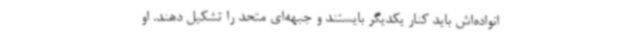
انواده‌اش باید کنار یکدیگر بایستند و جبهه‌ای متحد را تشکیل دهند. او